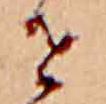
せ